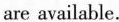
are available.